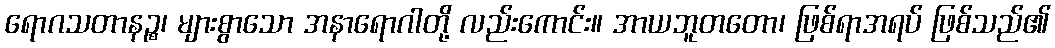
ရောဂသတာနဉ္စ၊ များစွာသော အနာရောဂါတို့ လည်းကောင်း။ အာယဘူတတော၊ ဖြစ်ရာအရပ် ဖြစ်သည်၏